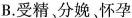
B.受精、分娩、怀孕